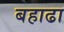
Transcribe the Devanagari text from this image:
बहाढा